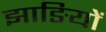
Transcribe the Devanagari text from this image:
झाङियों